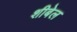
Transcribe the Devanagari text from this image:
शीबेल